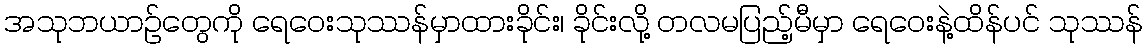
အသုဘယာဉ်တွေကို ရေဝေးသုဿန်မှာထားခိုင်း၊ ခိုင်းလို့ တလမပြည့်မီမှာ ရေဝေးနဲ့ထိန်ပင် သုဿန်